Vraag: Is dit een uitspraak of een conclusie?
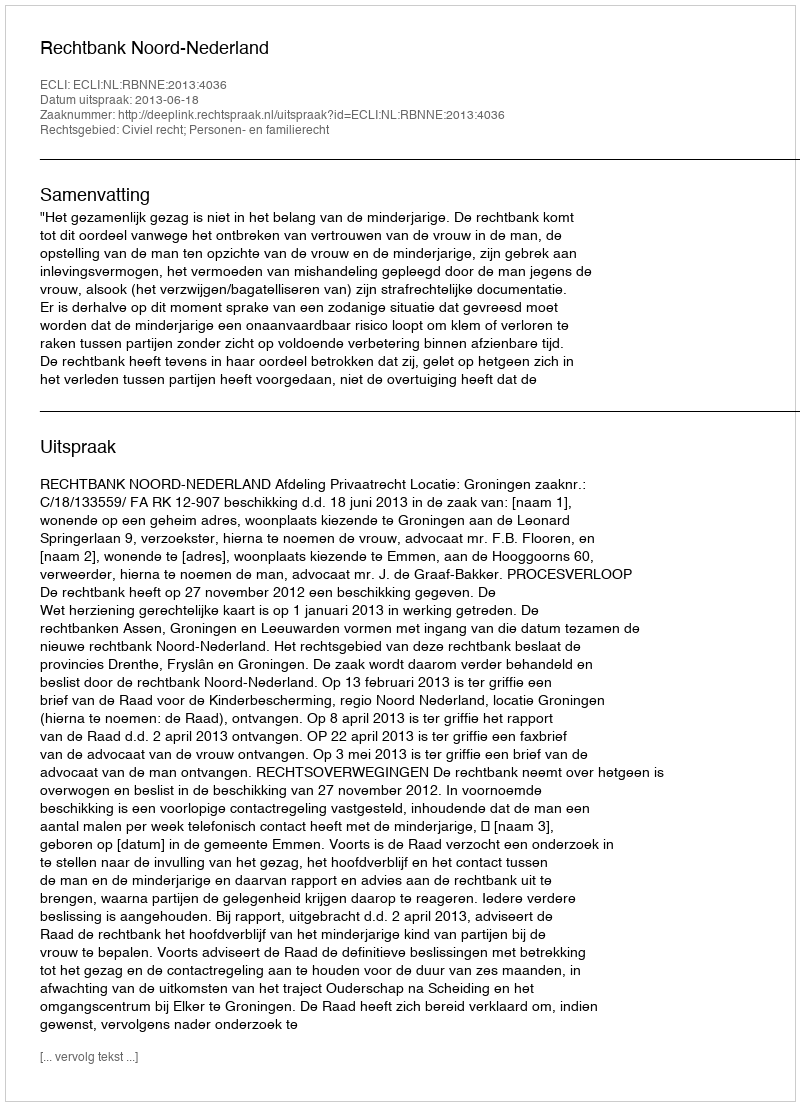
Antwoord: Uitspraak